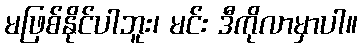
မဖြစ်နိုင်ပါဘူး၊ မင်း ဒီကိုလာမှာပါ။